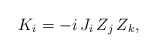
\begin{align*} K_i=-i\,J_i\,Z_{j}\,Z_{k},\end{align*}